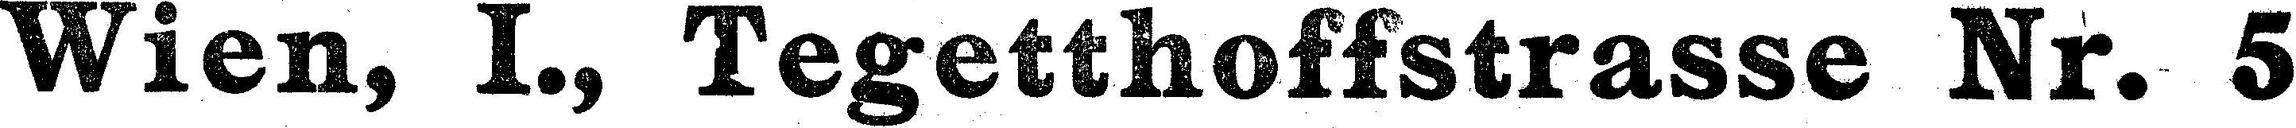
Wien, I., Tegetthoffstrasse Nr. 5